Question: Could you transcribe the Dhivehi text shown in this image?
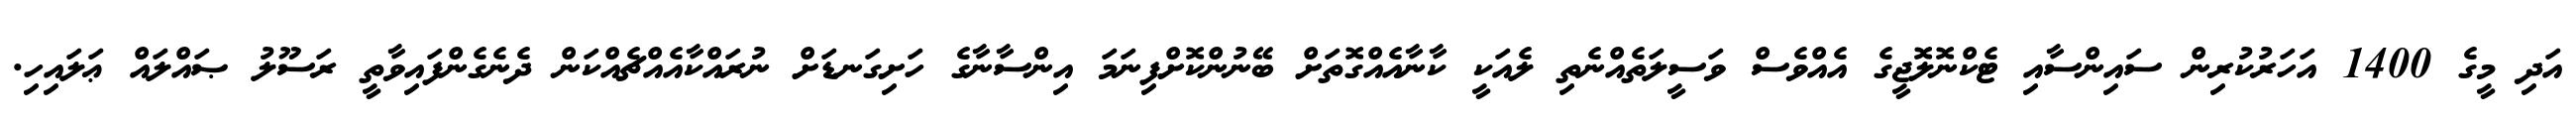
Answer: އަދި މީގެ 1400 އަހަރުކުރިން ސައިންސާއި ޓެކްނޮލޮޖީގެ އެއްވެސް ވަސީލަތެއްނެތި ލެއަކީ ކާނާއެއްގޮތަށް ބޭނުންކޮށްފިނަމަ އިންސާނާގެ ހަށިގަނޑަށް ނުރައްކާއެއްޗެއްކަން ދެނެގެންފައިވާތީ ރަސޫލު ޞައްލައް ޢަލައިހި.